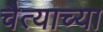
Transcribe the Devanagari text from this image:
चैत्याच्या